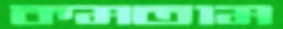
কমতাম